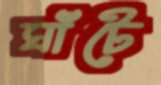
ঘাঁটে